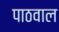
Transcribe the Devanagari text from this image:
पाठवाल